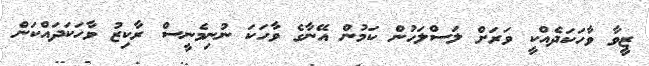
ޒީވާ ވާހަކަދެއްކީ ވަރަށް ލަސްލަހުން ކަމުން އޭނާގެ ވާހަކަ ނުނިމެނީސް ރާކިޒު ވާހަކަދައްކަން